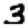
Digit: 3